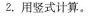
2.用竖式计算。